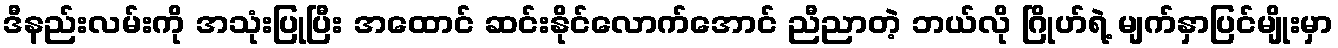
ဒီနည်းလမ်းကို အသုံးပြုပြီး အထောင် ဆင်းနိုင်လောက်အောင် ညီညာတဲ့ ဘယ်လို ဂြိုဟ်ရဲ့ မျက်နှာပြင်မျိုးမှာ